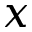
x